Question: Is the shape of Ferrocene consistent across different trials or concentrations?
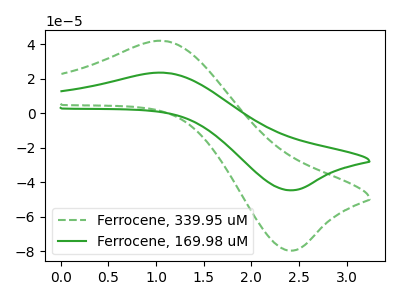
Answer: <think>The green dashed curve "Ferrocene, 339.95 uM" has an anodic peak at (1.10V, 41.90uA) and a cathodic peak at (2.40V, -79.55uA). The green curve "Ferrocene, 169.98 uM" has an anodic peak at (1.10V, 23.50uA) and a cathodic peak at (2.40V, -44.60uA).
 All the peaks in "Ferrocene, 339.95 uM" have a peak in "Ferrocene, 169.98 uM" at the same potential. Every peak in "Ferrocene, 339.95 uM" is higher than every peak in "Ferrocene, 169.98 uM".</think>
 <answer>All the CV's of "Ferrocene" have similar shape.</answer>
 <eval>follow_rule</eval>